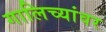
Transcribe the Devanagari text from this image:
गालिच्यांवर